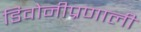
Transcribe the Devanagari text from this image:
डिवोनीप्रणाली